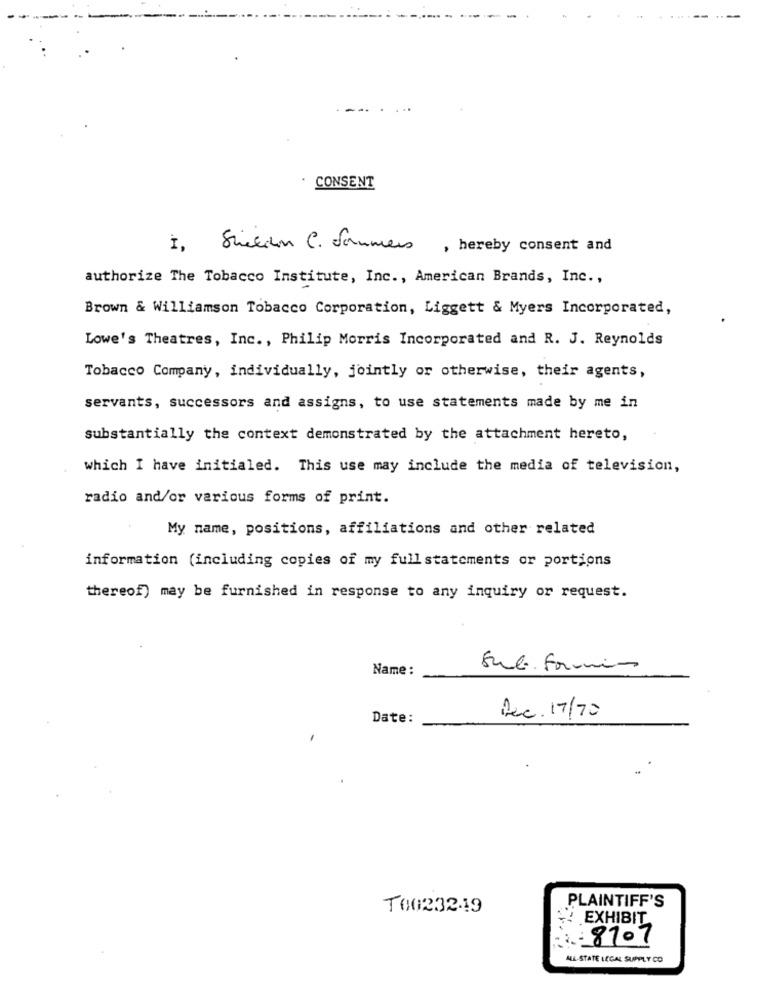
CONSENT
1,
Sinkcon C. Sommers , hereby consent and
authorize The Tobacco Institute, Inc ., American Brands, Inc .,
Brown & Williamson Tobacco Corporation, Liggett & Myers Incorporated,
Lowe's Theatres, Inc ., Philip Morris Incorporated and R. J. Reynolds
Tobacco Company, individually, jointly or otherwise, their agents,
servants, successors and assigns, to use statements made by me in
substantially the context demonstrated by the attachment hereto,
which I have initialed. This use may include the media of television,
radio and/or various forms of print.
My name, positions, affiliations and other related
information (including copies of my fullstatements or portions
thereof) may be furnished in response to any inquiry or request.
Name :
Sul Formin
Date:
Rec. 17/70
PLAINTIFF'S
T0023249
EXHIBIT
. 8707
ALL-STATE LEGAL SUPPLY CO